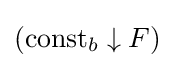
(\operatorname {const} _{b}\downarrow F)